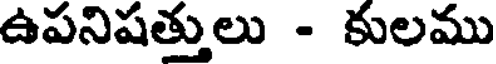
ఉపనిషత్తులు - కులము